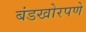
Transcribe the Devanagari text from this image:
बंडखोरपणे